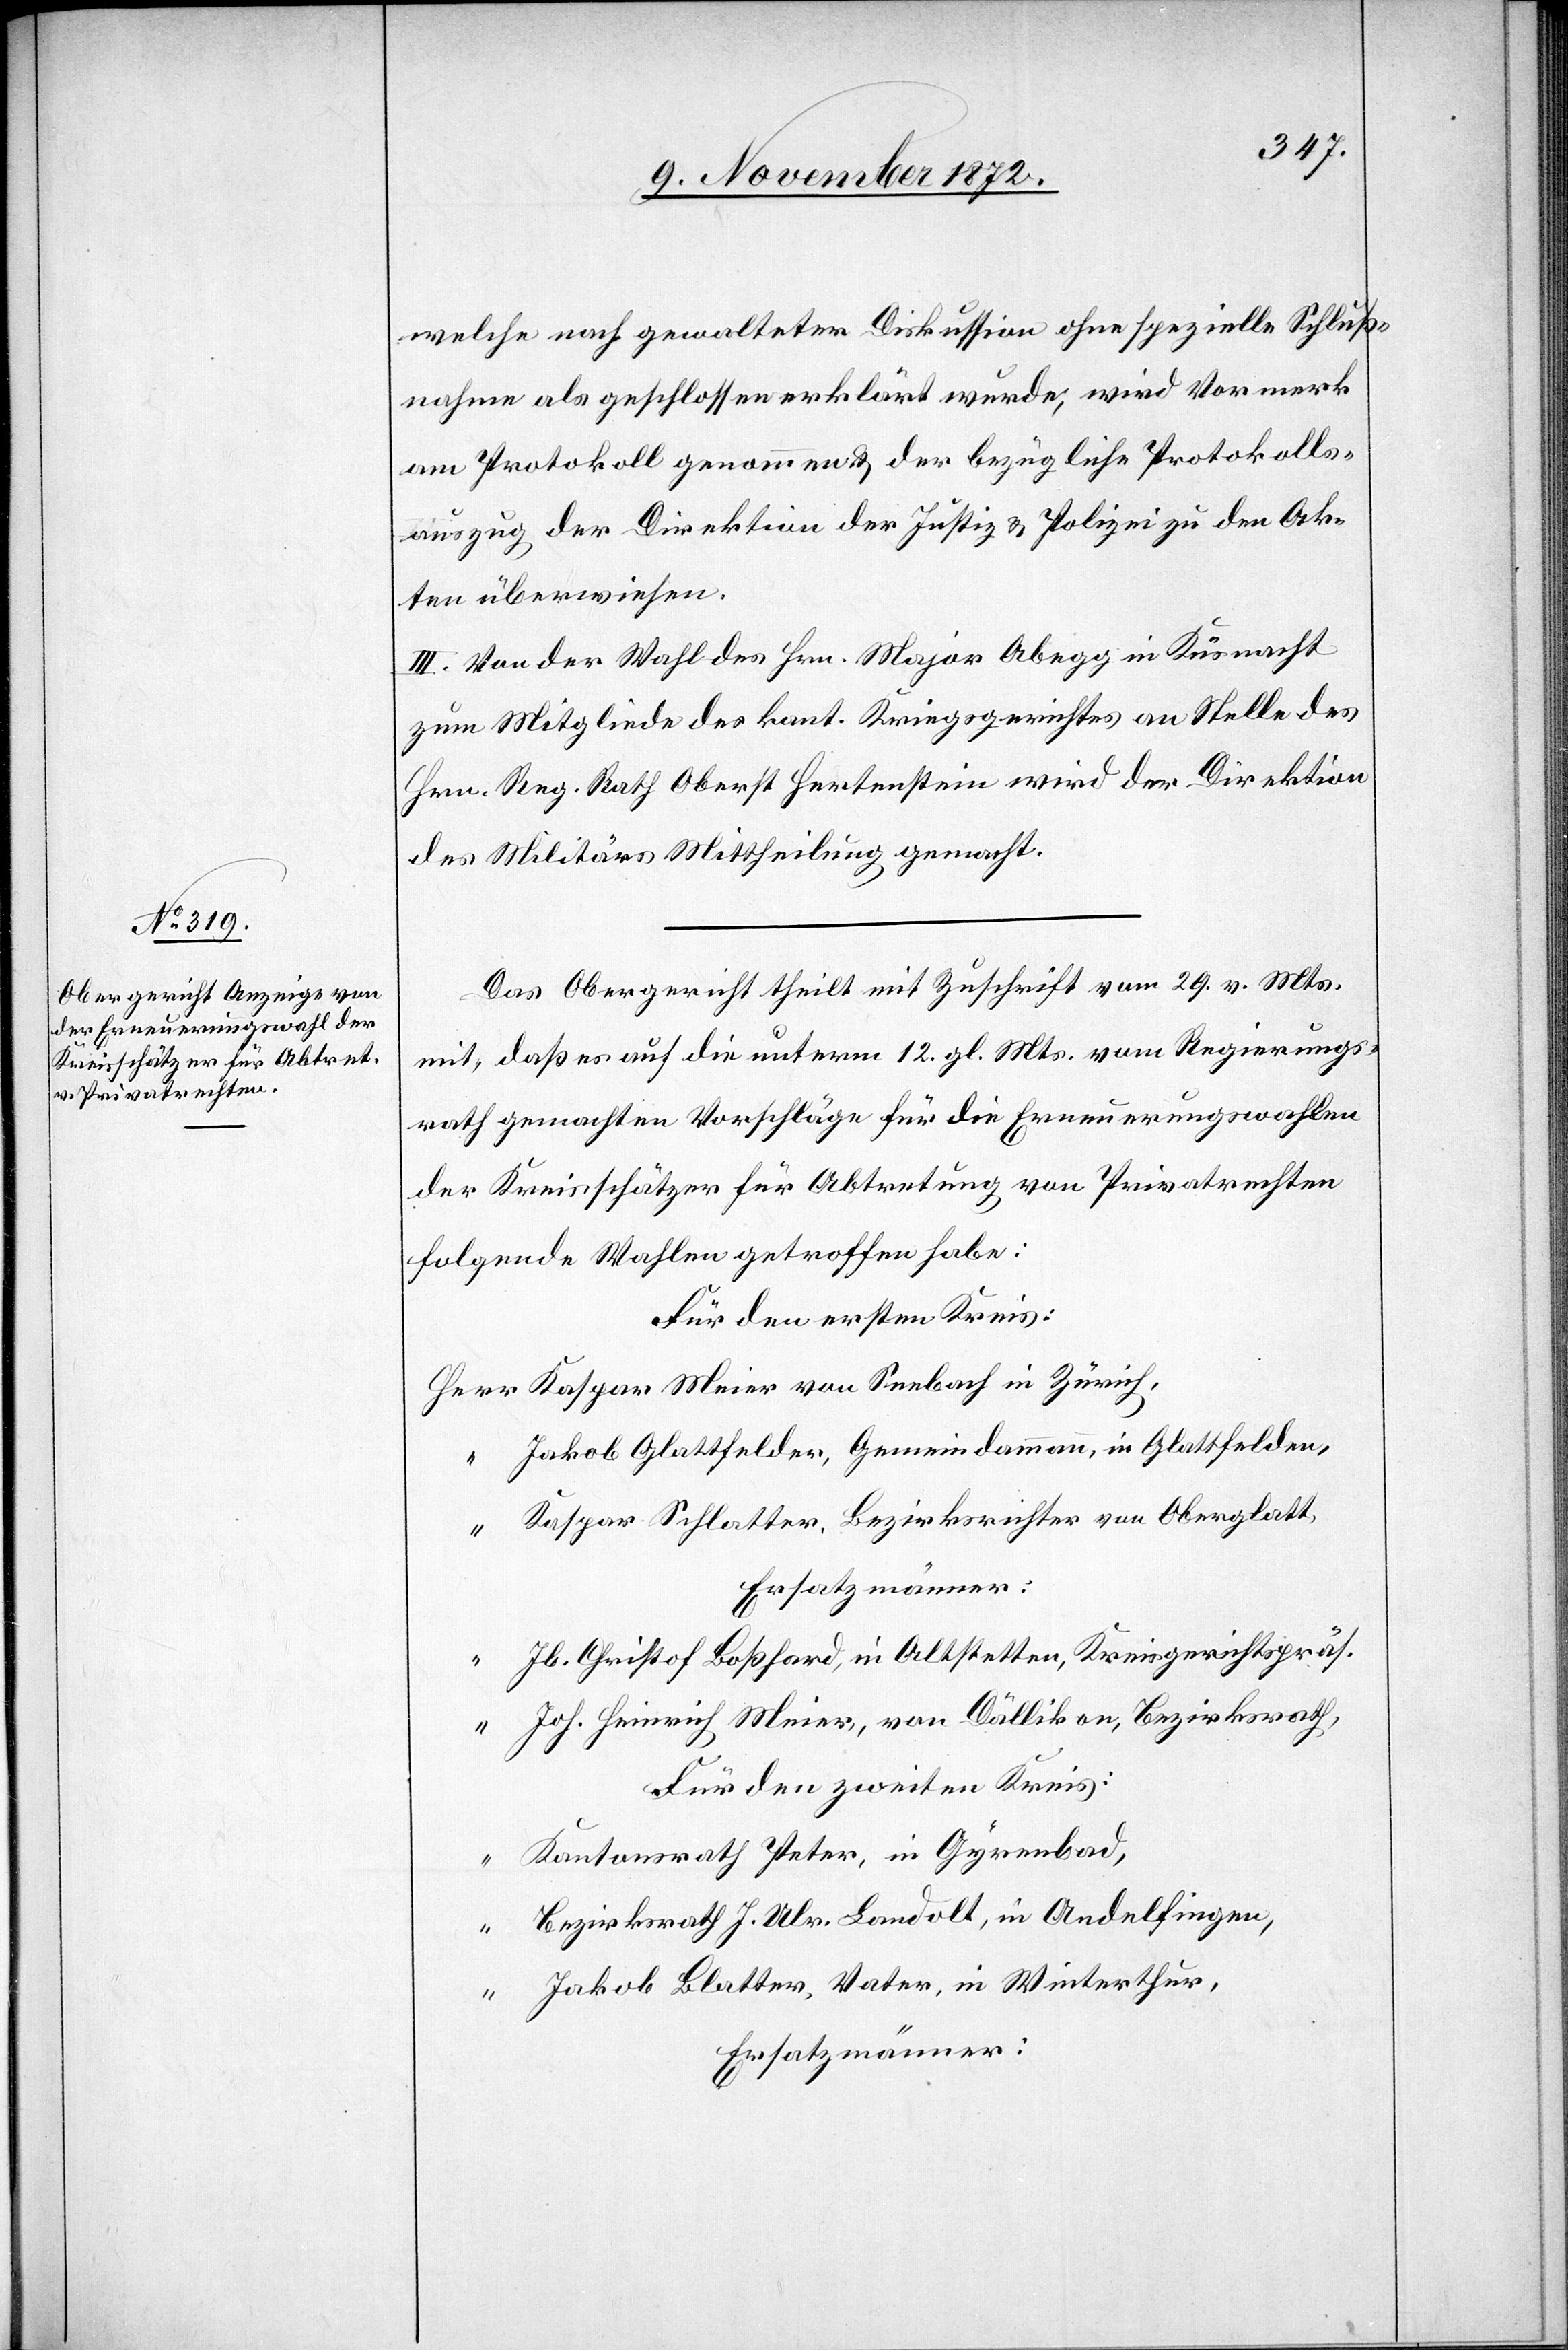
welche nach gewalteten Diskussion ohne spezielle Schluß¬
nahme als geschlossen erklärt wurde, wird Vormerk
am Protokoll genommen u. der bezügliche Protokolls¬
auszug der Direktion der Justiz u. Polizei zu den Ak¬
ten überwiesen.
III. Von der Wahl des Hrn. Major Abegg in Küsnacht
zum Mitgliede des kant. Kriegsgerichtes an Stelle des
Hrn. Reg. Rath Oberst Hertenstein wird der Direktion
des Militärs Mittheilung gemacht.
Das Obergericht theilt mit Zuschrift vom 29. v. Mts.
mit, daß es auf die unterm 12. gl. Mts. vom Regierungs¬
rath gemachten Vorschläge für die Erneuerungswahlen
der Kreisschätzer für Abtretung von Privatrechten
folgende Wahlen getroffen habe:
Für den ersten Kreis:
Jakob Glattfelder, Gemeindammann, in Glattfelden,
“
Kaspar Schlatter, Bezirksrichter von Oberglatt,
Jb. Christof Boßhard, in Altstetten, Kreisgerichtspräs.
Joh. Heinrich Meier, von Dällikon, Bezirksrath,
Für den zweiten Kreis:
Kantonsrath Peter, in Gyrenbad,
Bezirksrath J. Ulr. Landolt, in Andelfingen,
Jakob Blatter, Vater, in Winterthur,
Ersatzmänner: